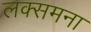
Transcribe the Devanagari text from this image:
लक्समना